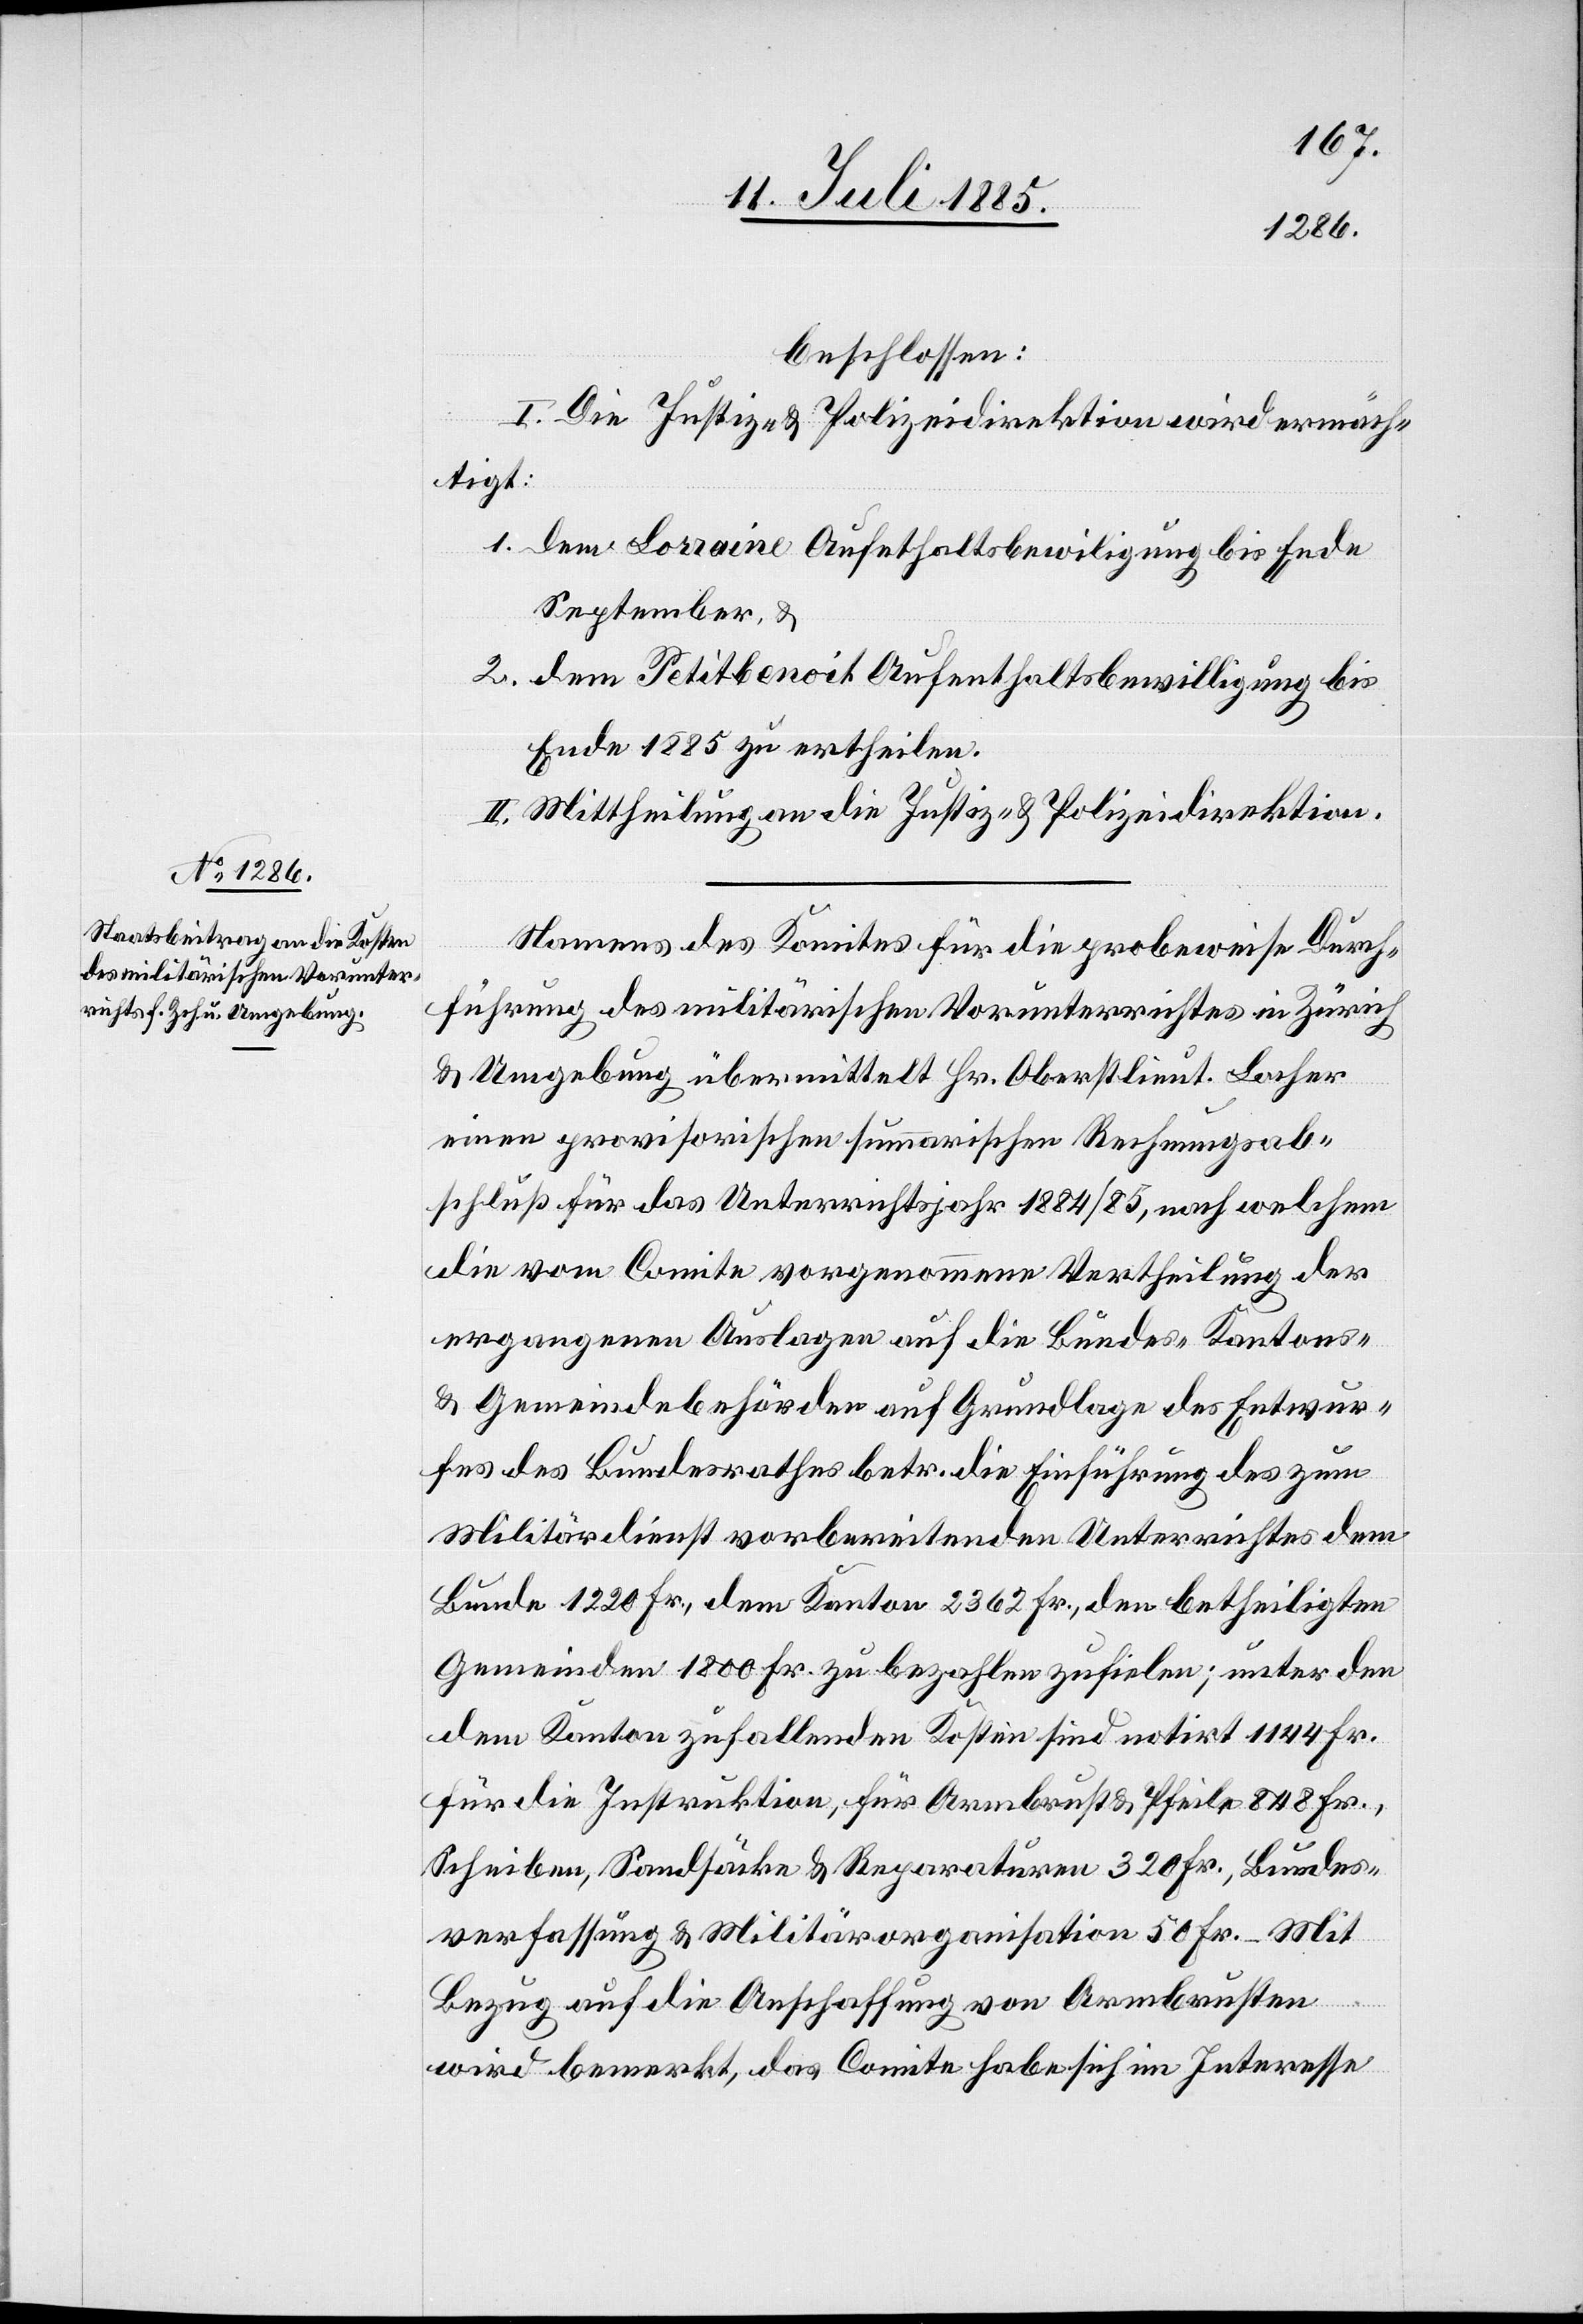
beschlossen:
I. Die Justiz- & Polizeidirektion wird ermäch¬
tigt:
1. dem Loraine Aufenthaltsbewil[l]igung bis Ende
September, &
2. dem Petitbenoit Aufenthaltsbewilligung bis
Ende 1885 zu ertheilen.
II. Mittheilung an die Justiz- & Polizeidirektion.
Namens des Komites für die probeweise Durch¬
führung des militärischen Vorunterrichtes in Zürich
& Umgebung übermittelt Hr. Oberstlieut. Locher
einen provisorischen summarischen Rechnungsab¬
schluß für das Unterrichtsjahr 1884/85, nach welchem
die vom Comite vorgenommene Vertheilung der
ergangenen Auslagen auf die Bundes-[,] Kantons-
& Gemeindebehörden auf Grundlage des Entwur¬
fes des Bundesrathes betr. die Einführung des zum
Militärdienst vorbereitenden Unterrichtes dem
Bunde 1220 Fr., dem Kanton 2362 Fr., den betheiligten
Gemeinden 1800 Fr. zu bezahlen zufielen; unter den
dem Kanton zufallenden Kosten sind notirt 1144 Fr.
für die Instruktion, für Armbrust & Pfeile 848 Fr.,
Scheiben, Sandsäcke & Reparaturen 320 Fr., Bundes¬
verfassung & Militärorganisation 50 Fr. Mit
Bezug auf die Anschaffung von Armbrusten
wird bemerkt, das Comite habe sich im Interesse